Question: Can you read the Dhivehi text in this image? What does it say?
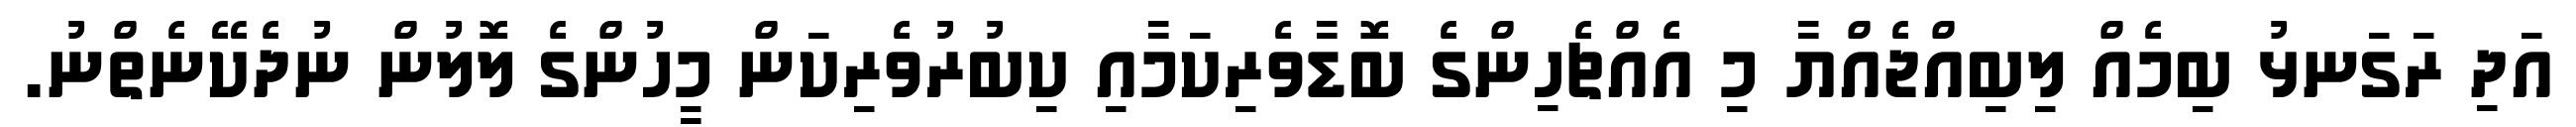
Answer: އަދި ރަގަނޅު ބިމެއް ލިބިއްޖެއްޔާ މި އެއްޗެހިންގެ ބޮޑާވެރިކަމާއި ކިބުރުވެރިކަން މީހުންގެ ލޮލުން ނުދެކޭނެތްނު.